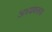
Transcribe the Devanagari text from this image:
अध्यवसय